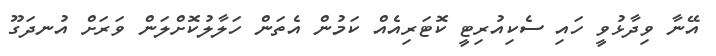
އޭނާ ވިދާޅުވީ ހައި ސެކިއުރިޓީ ކޮޓަރިއެއް ކަމުން އެތަން ހަލާލުކޮށްލަން ވަރަށް އުނދަގޫ